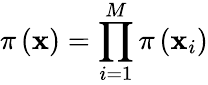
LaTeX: \pi\left(\boldsymbol{\mathbf{x}}\right)=\prod_{i=1}^{M}\pi\left(\mathbf{x}_{i}\right)